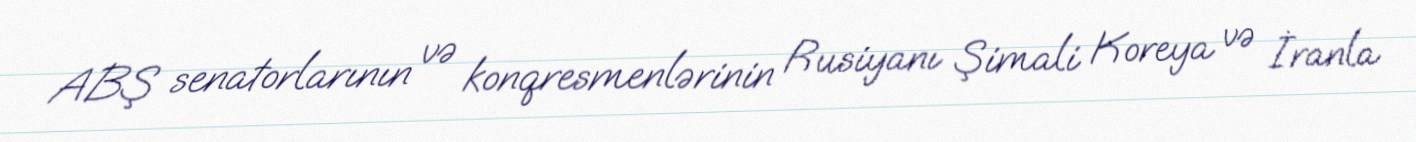
ABŞ senatorlarının və konqresmenlərinin Rusiyanı Şimali Koreya və İranla